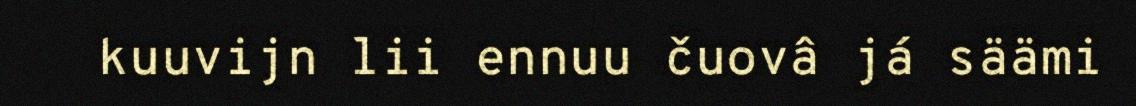
kuuvijn lii ennuu čuovâ já säämi